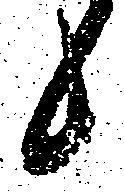
候